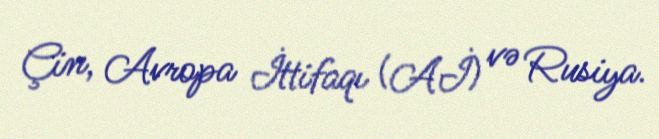
Çin, Avropa İttifaqı (Aİ) və Rusiya.